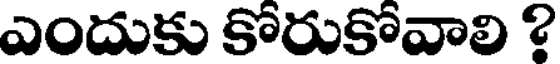
ఎందుకు కోరుకోవాలి ?